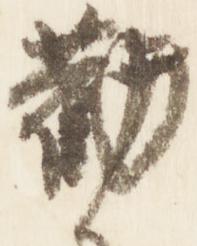
勤